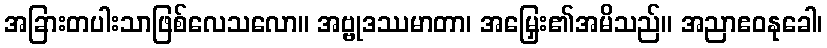
အခြားတပါးသာဖြစ်လေသလော။ အဗ္ဗုဒဿမာတာ၊ အမြှေး၏အမိသည်။ အညာဧဝနုခေါ၊